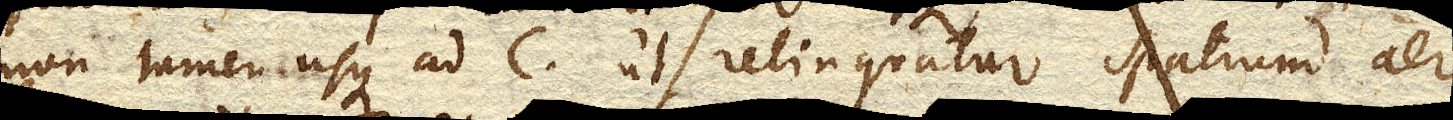
non tamen usque ad C. ut relinquatur spatium aere